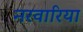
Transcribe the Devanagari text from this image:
नरवारिया